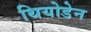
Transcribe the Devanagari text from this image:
थियोडेन